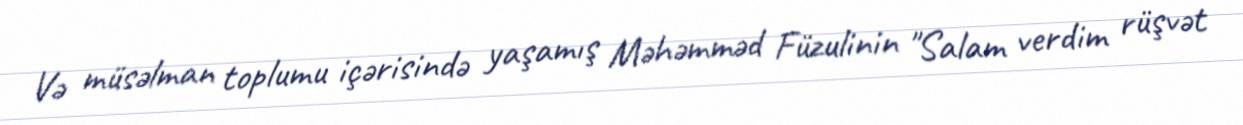
Və müsəlman toplumu içərisində yaşamış Məhəmməd Füzulinin "Salam verdim rüşvət